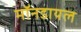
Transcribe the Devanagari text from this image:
मॉनडायल